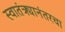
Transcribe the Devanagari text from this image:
स्वातंत्र्यानंतरचा